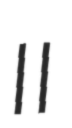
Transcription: II